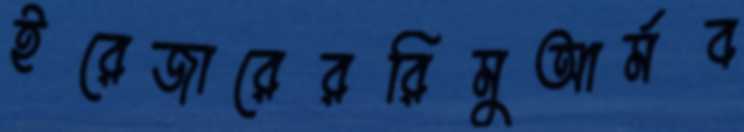
ইরেজারেররিমুআর্মব